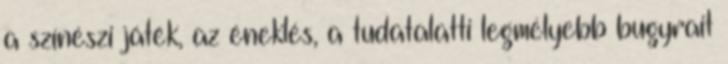
a színészi játék, az éneklés, a tudatalatti legmélyebb bugyrait